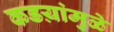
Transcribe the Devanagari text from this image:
कडय़ांमुळे